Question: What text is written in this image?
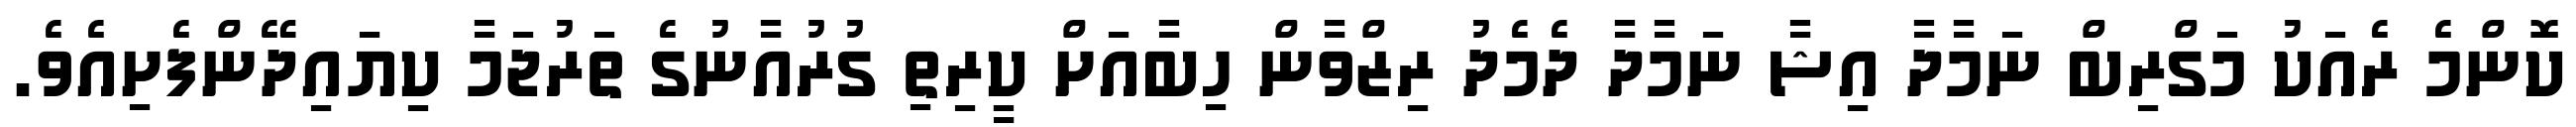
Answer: ކޮންމެ ރެއަކު މަގްރިބް ނަމާދާ އިޝާ ނަމާދާ ދެމެދު ރިޒްވާން ހިބާއަށް ކީރިތި ގުރުއާނުގެ ތަރުޖަމާ ކިޔައިދޭންފެށިއެވެ.